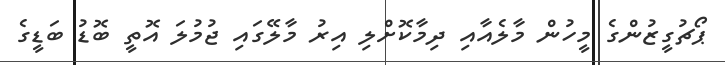
ޕޯޗުގީޒުންގެ މީހުން މާލެއާއި ދިމާކޮށްލި އިރު މާލޭގައި ޖުމުލަ އޮތީ ބޮޑު ބަޑީގެ